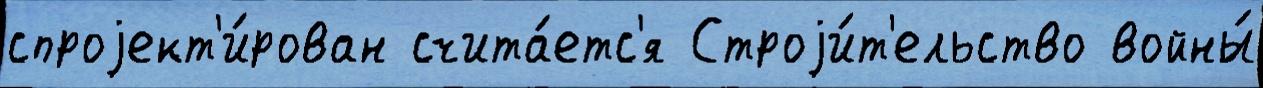
спроjект'и́рован счита́етс'я Строjи́т'ельство войны́